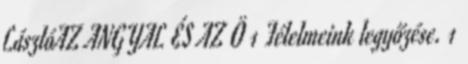
LászlóAZ ANGYAL ÉS AZ Ö 1 Félelmeink legyőzése. 1